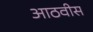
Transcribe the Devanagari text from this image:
आठवीस